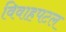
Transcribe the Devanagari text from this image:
विवाहपटल